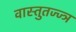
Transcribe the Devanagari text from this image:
वास्तुतज्ज्ञ